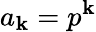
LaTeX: a_{\mathbf{k}}=p^{\mathbf{k}}